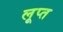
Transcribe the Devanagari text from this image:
लूप्त